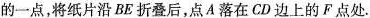
边上的一点，将纸片沿BE折叠后，点A落在CD边上的F点处.